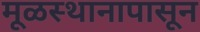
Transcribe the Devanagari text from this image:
मूळस्थानापासून